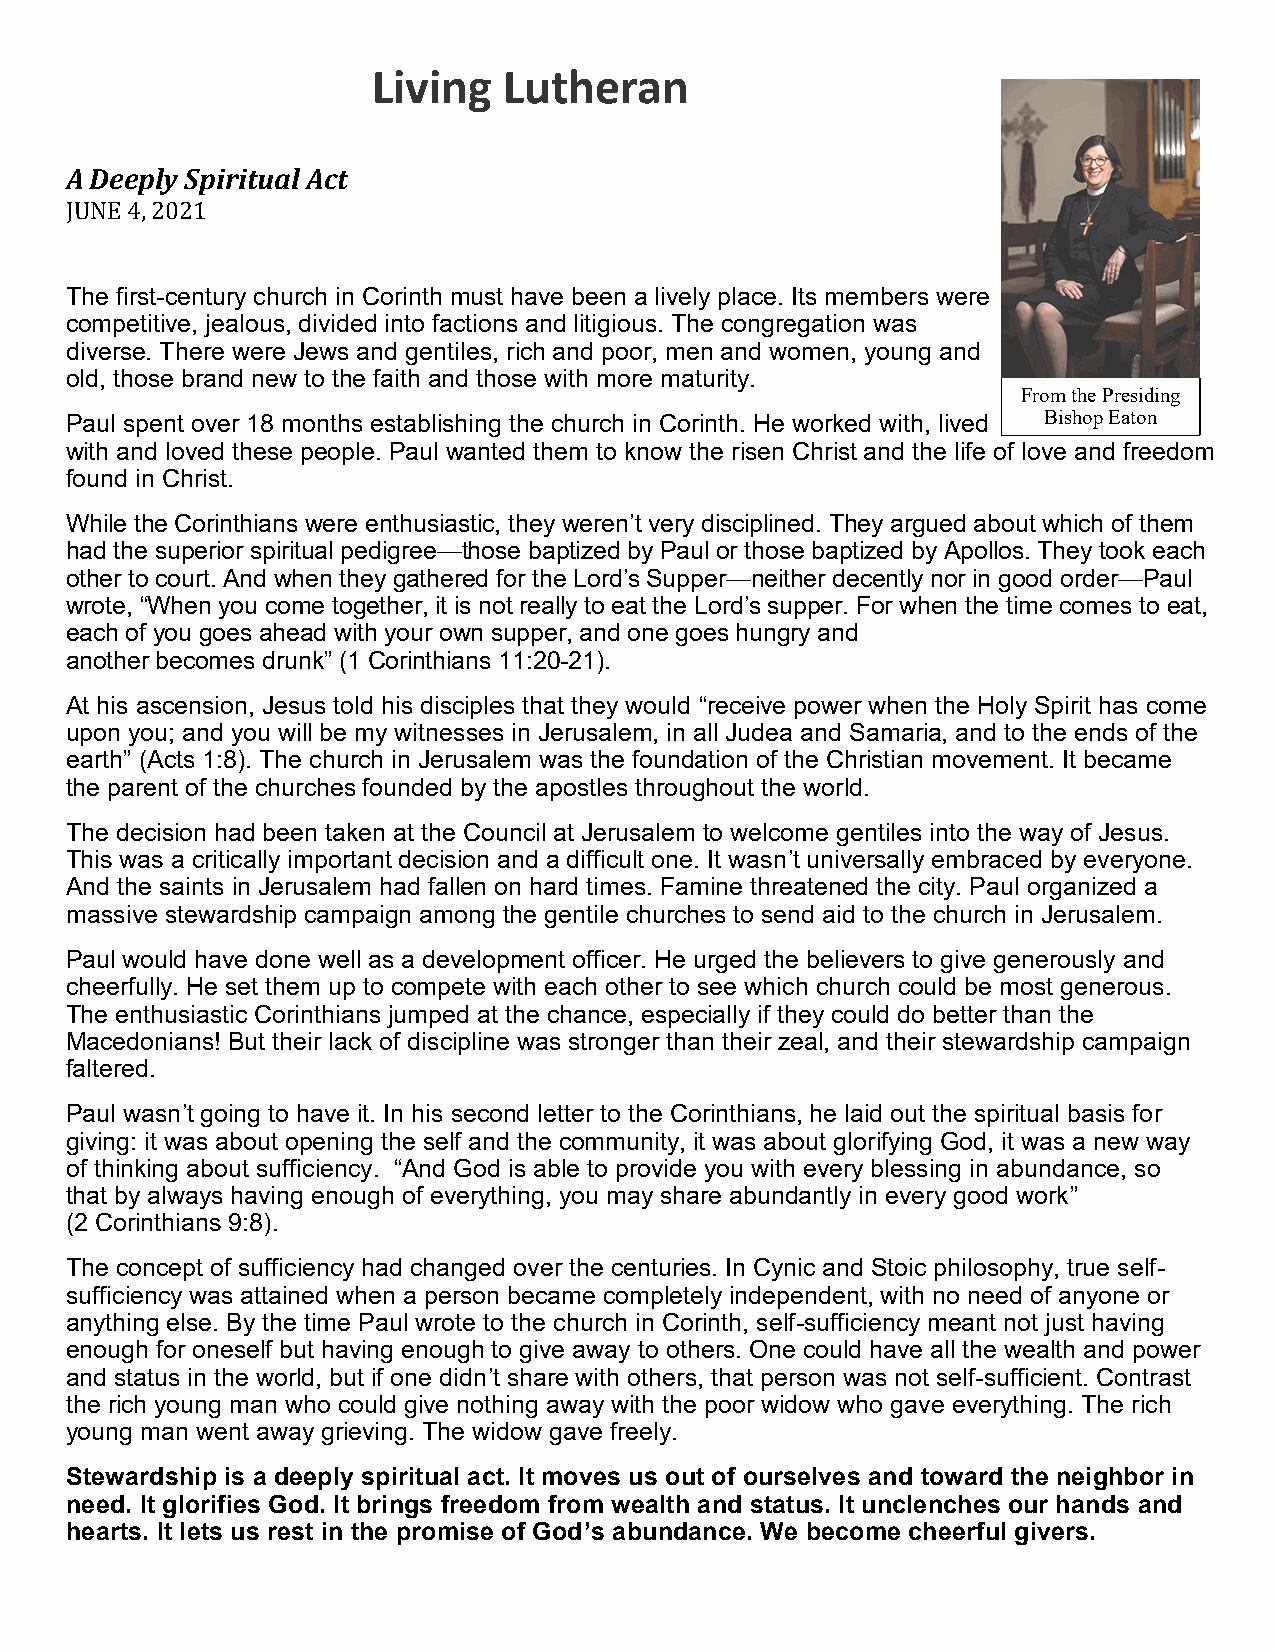
Living  Lutheran
 A Deeply Spiritual Act
 JUNE 4, 2021
 The first-century church in Corinth must have been a lively place. Its members were
 competitive, jealous, divided into factions and litigious. The congregation was
 diverse. There were Jews and gentiles, rich and poor, men and women, young and
 old, those brand new to the faith and those with more maturity.
 From the Presiding
 Paul spent over 18 months establishing the church in Corinth. He worked with, lived Bishop Eaton
 with and loved these people. Paul wanted them to know the risen Christ and the life of love and freedom
 found in Christ.
 While the Corinthians were enthusiastic, they weren’t very disciplined. They argued about which of them
 had the superior spiritual pedigree—those baptized by Paul or those baptized by Apollos. They took each
 other to court. And when they gathered for the Lord’s Supper—neither decently nor in good order—Paul
 wrote, “When you come together, it is not really to eat the Lord’s supper. For when the time comes to eat,
 each of you goes ahead with your own supper, and one goes hungry and
 another becomes drunk” (1 Corinthians 11:20-21).
 At his ascension, Jesus told his disciples that they would “receive power when the Holy Spirit has come
 upon you; and you will be my witnesses in Jerusalem, in all Judea and Samaria, and to the ends of the
 earth” (Acts 1:8). The church in Jerusalem was the foundation of the Christian movement. It became
 the parent of the churches founded by the apostles throughout the world.
 The decision had been taken at the Council at Jerusalem to welcome gentiles into the way of Jesus.
 This was a critically important decision and a difficult one. It wasn’t universally embraced by everyone.
 And the saints in Jerusalem had fallen on hard times. Famine threatened the city. Paul organized a
 massive stewardship campaign among the gentile churches to send aid to the church in Jerusalem.
 Paul would have done well as a development officer. He urged the believers to give generously and
 cheerfully. He set them up to compete with each other to see which church could be most generous.
 The enthusiastic Corinthians jumped at the chance, especially if they could do better than the
 Macedonians! But their lack of discipline was stronger than their zeal, and their stewardship campaign
 faltered.
 Paul wasn’t going to have it. In his second letter to the Corinthians, he laid out the spiritual basis for
 giving: it was about opening the self and the community, it was about glorifying God, it was a new way
 of thinking about sufficiency. “And God is able to provide you with every blessing in abundance, so
 that by always having enough of everything, you may share abundantly in every good work”
 (2 Corinthians 9:8).
 The concept of sufficiency had changed over the centuries. In Cynic and Stoic philosophy, true self-
 sufficiency was attained when a person became completely independent, with no need of anyone or
 anything else. By the time Paul wrote to the church in Corinth, self-sufficiency meant not just having
 enough for oneself but having enough to give away to others. One could have all the wealth and power
 and status in the world, but if one didn’t share with others, that person was not self-sufficient. Contrast
 the rich young man who could give nothing away with the poor widow who gave everything. The rich
 young man went away grieving. The widow gave freely.
 Stewardship is a deeply spiritual act. It moves us out of ourselves and toward the neighbor in
 need. It glorifies God. It brings freedom from wealth and status. It unclenches our hands and
 hearts. It lets us rest in the promise of God’s abundance. We become cheerful givers.